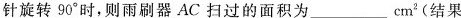
针旋转90°时，则雨刷器AC扫过的面积为___cm^{2}(结果